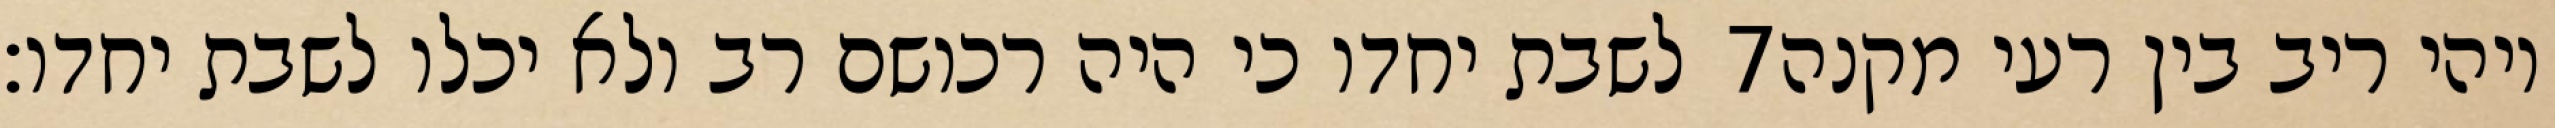
לשבת יחדו כי היה רכושם רב ולא יכלו לשבת יחדו׃ ‎7‏ ויהי ריב בין רעי מקנה